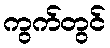
ကွက်တွင်